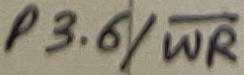
Text: P3.6/WR